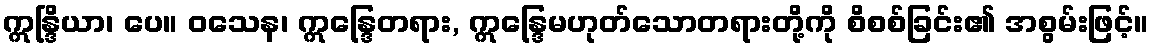
ဣန္ဒြိယာ၊ ပေ။ ဝသေန၊ ဣန္ဒြေတရား, ဣန္ဒြေမဟုတ်သောတရားတို့ကို စိစစ်ခြင်း၏ အစွမ်းဖြင့်။